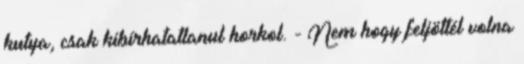
kutya, csak kibírhatatlanul horkol. - Nem hogy feljöttél volna